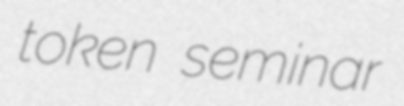
token seminar